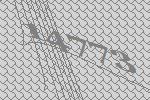
14773